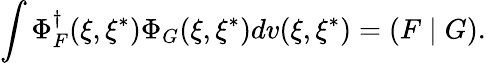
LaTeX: \int\Phi_{F}^{\dagger}(\xi,\xi^{*})\Phi_{G}(\xi,\xi^{*})dv(\xi,\xi^{*})=\left(F\mid G\right).